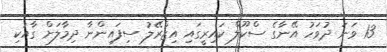
13 ވަނަ ދުވަހު އޭނާގެ ސްކޫލް ކައިރީގައި އިޒްރޭލު ސިފައިންނާ ދިމާލަށް ގާއުކި